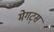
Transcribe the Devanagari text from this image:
मेगट्स